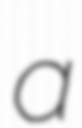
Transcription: a